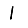
Digit: 1